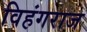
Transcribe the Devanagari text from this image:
विहंगराज